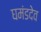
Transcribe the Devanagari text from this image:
घमंडदेव